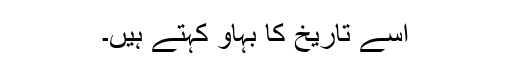
اسے تاریخ کا بہاؤ کہتے ہیں۔